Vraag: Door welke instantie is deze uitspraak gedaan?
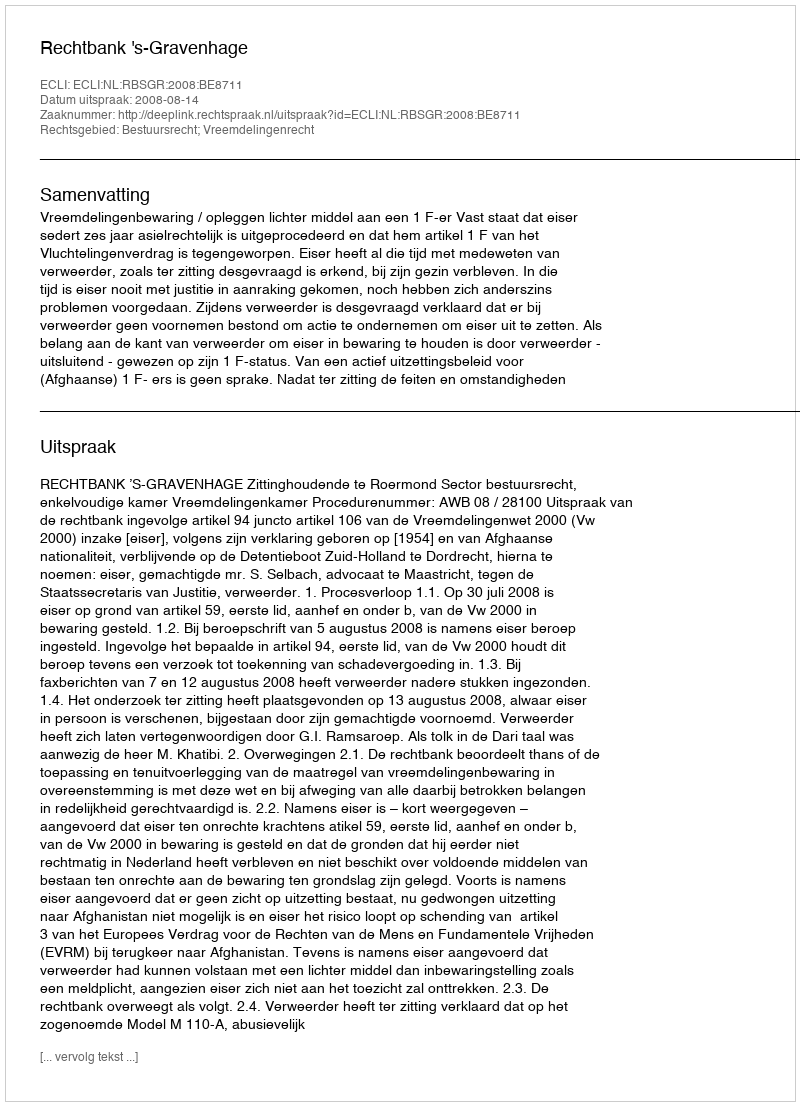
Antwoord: Rechtbank 's-Gravenhage